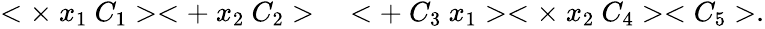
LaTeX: \begin{array}{rl}{<\times~x_{1}~C_{1}><+~x_{2}~C_{2}>}&{{}<+~C_{3}~x_{1}><\times~x_{2}~C_{4}><C_{5}>.}\end{array}